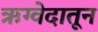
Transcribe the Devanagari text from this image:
ऋग्वेदातून